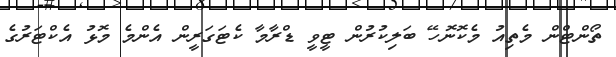
ތޯންޓްން މެތިއު މެކޮނޮހޭ ބަލިކުރުން ޓީވީ ޑްރާމާ ކެޓަގަރީން އެންމެ މޮޅު އެކްޓަރުގެ